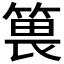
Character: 𥯜